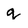
Character: q